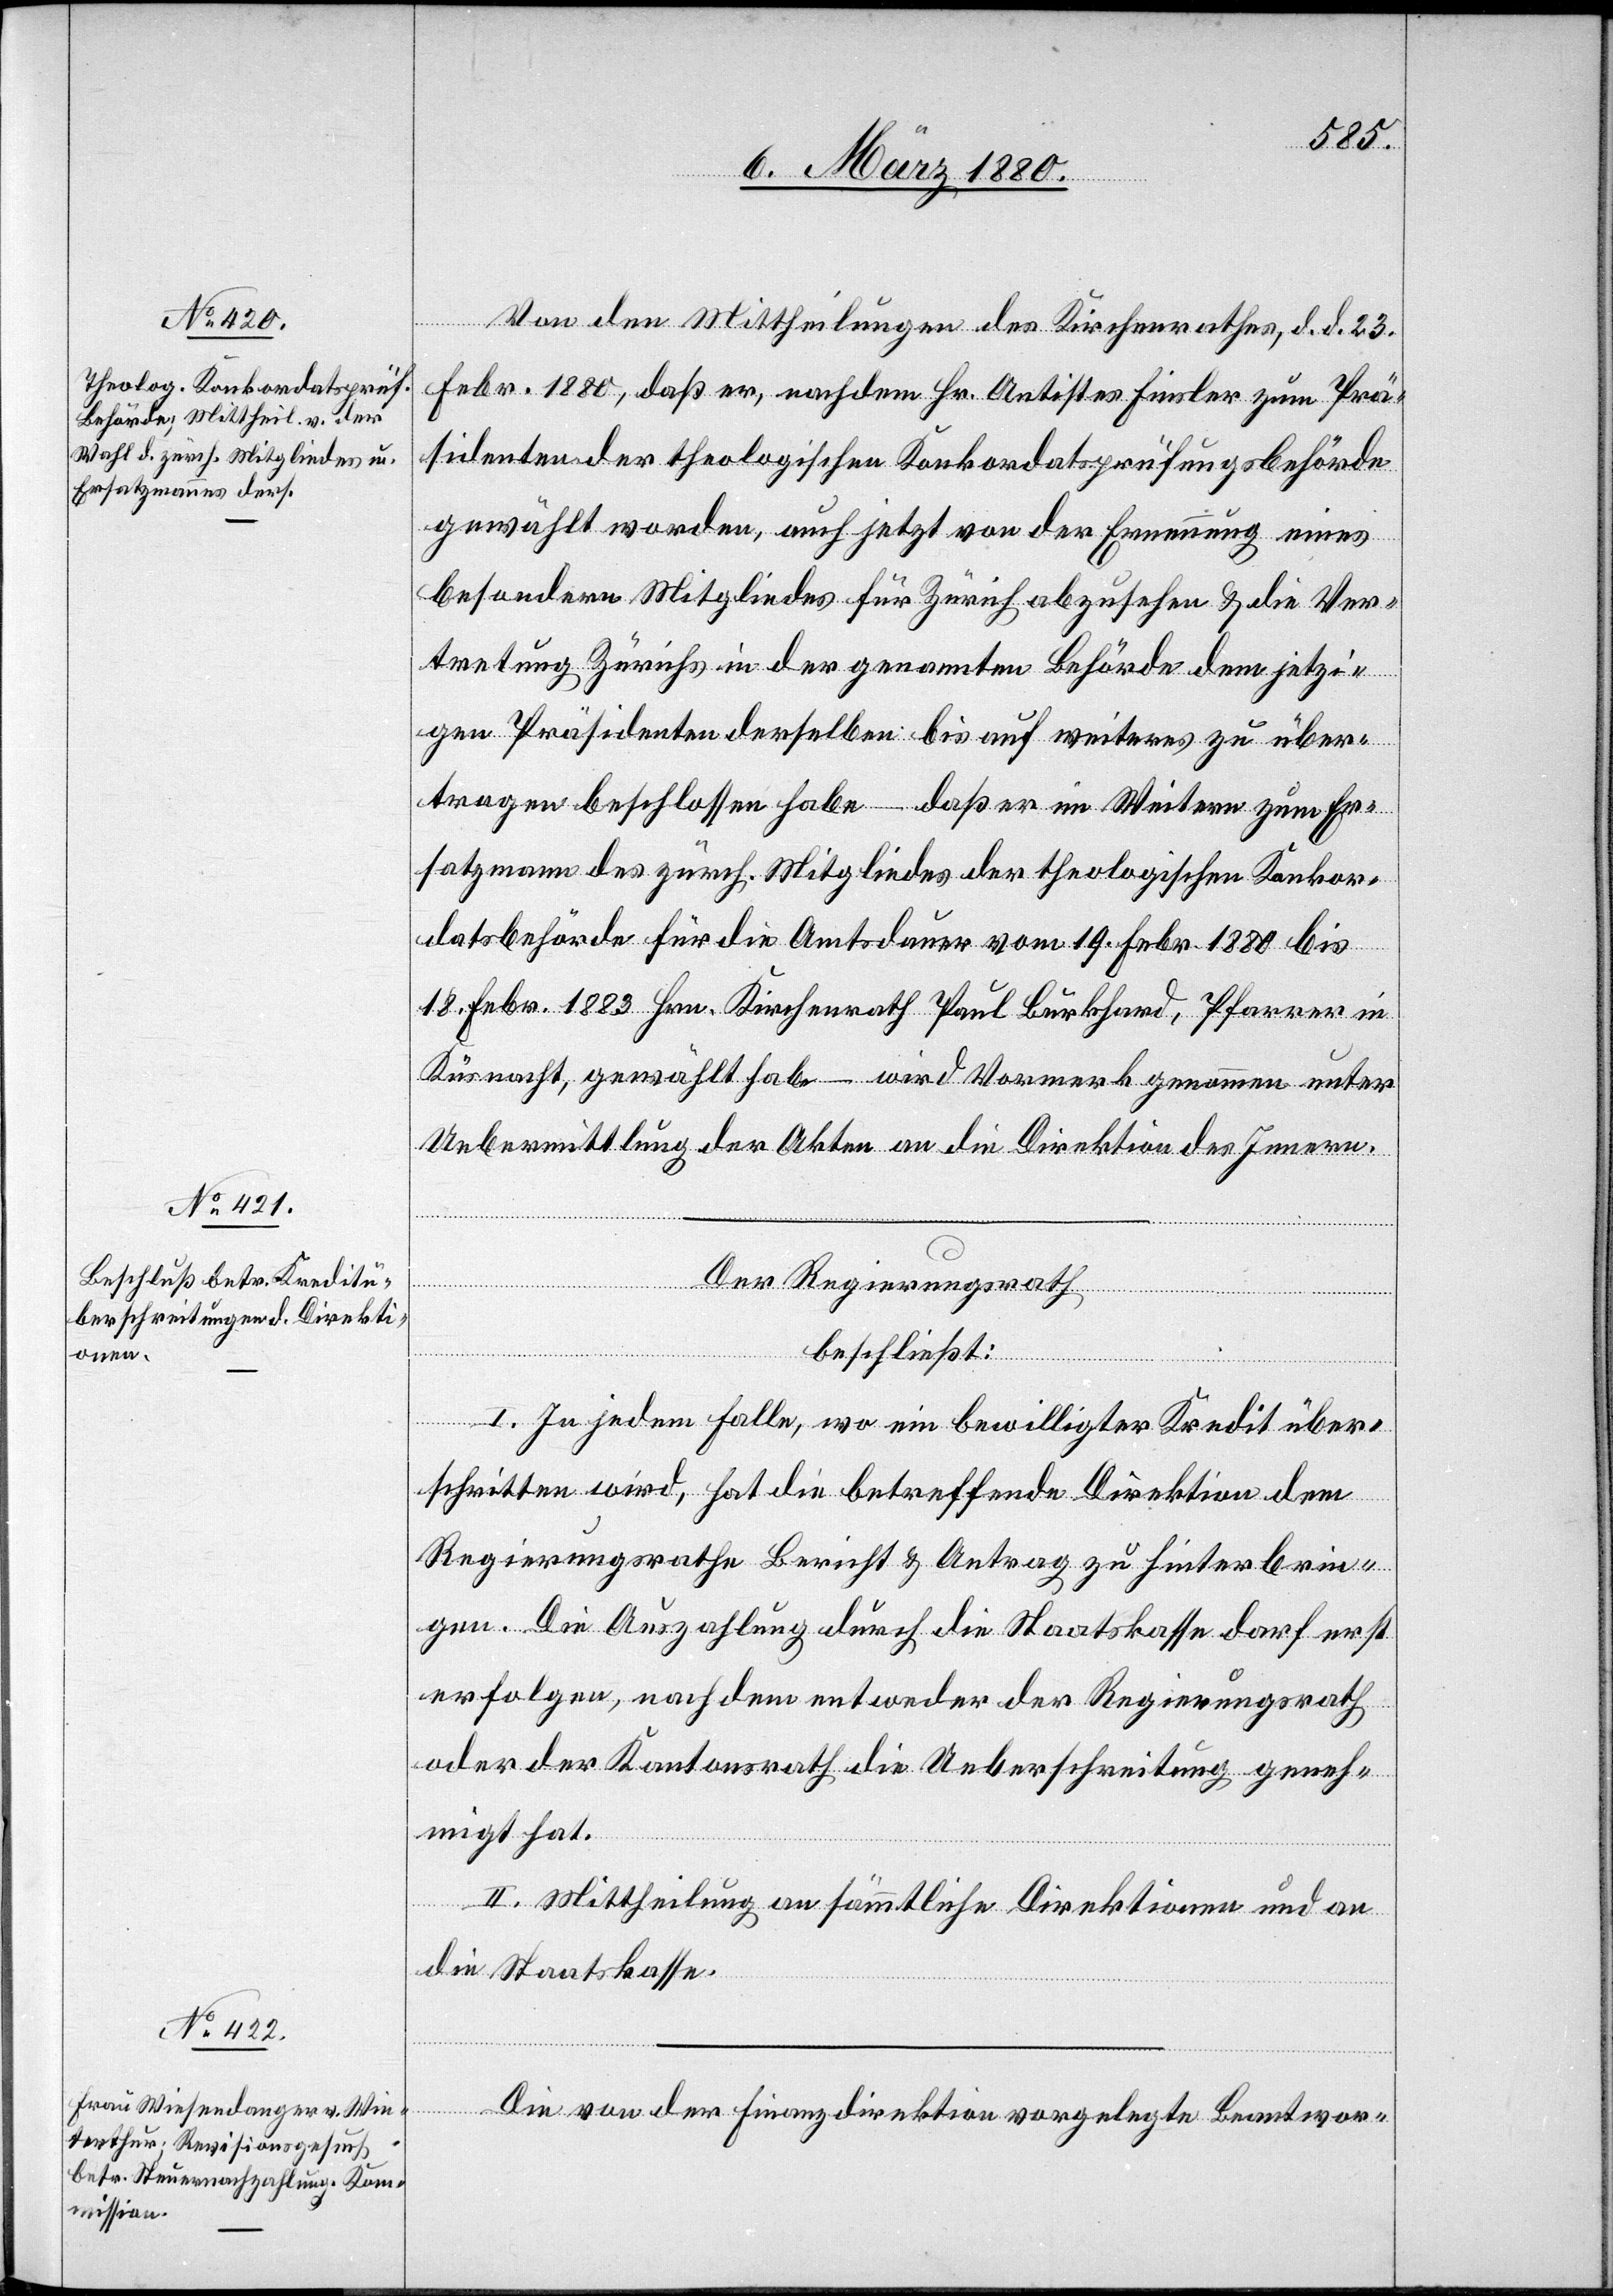
Von den Mittheilungen des Kirchenrathes, d. d. 23.
Febr. 1880, daß er, nachdem Hr. Antistes Finsler zum Prä¬
sidenten der theologischen Konkordatsprüfungsbehörde
gewählt worden, auch jetzt von der Ernennung eines
besondern Mitgliedes für Zürich abzusehen & die Ver¬
tretung Zürichs in der genannten Behörde dem jetzi¬
gen Präsidenten derselben bis auf weiteres zu über¬
tragen beschlossen habe – daß er im Weitern zum Er¬
satzmann des zürch. Mitgliedes der theologischen Konkor¬
datsbehörde für die Amtsdauer vom 19. Febr. 1880 bis
18. Febr 1883 Hrn. Kirchenrath Paul Burkhard, Pfarrer in
Küsnacht, gewählt habe – wird Vormerk genommen unter
Uebermittlung der Akten an die Direktion des Innern.
Der Regierungsrath
beschließt:
I. In jedem Falle, wo ein bewilligter Kredit über¬
schritten wird, hat die betreffende Direktion dem
Regierungsrathe Bericht & Antrag zu hinterbrin¬
gen. Die Auszahlung durch die Staatskasse darf erst
erfolgen, nachdem entweder der Regierungsrath
oder der Kantonsrath die Ueberschreitung geneh¬
migt hat.
II. Mittheilung an sämmtliche Direktionen und an
die Staatskasse.
Die von der Finanzdirektion vorgelegte Beantwor-